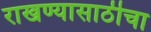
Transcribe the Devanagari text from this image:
राखण्यासाठीचा